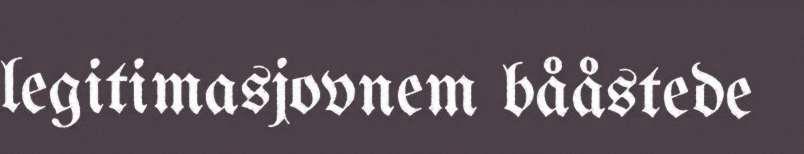
legitimasjovnem bååstede